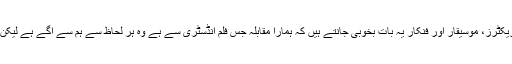
اداکارہ نے کہا کہ ہمارے باصلاحیت فلم میکرز ،رائٹرز ،ڈائریکٹرز، موسیقار اور فنکار یہ بات بخوبی جانتے ہیں کہ ہمارا مقابلہ جس فلم انڈسٹری سے ہے وہ ہر لحاظ سے ہم سے آگے ہے لیکن ہم یہ بات وثوق سے کہہ سکتے ہیں کہ ہم کسی سے کم نہیں۔